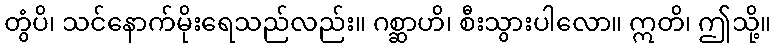
တွံပိ၊ သင်နောက်မိုးရေသည်လည်း။ ဂစ္ဆာဟိ၊ စီးသွားပါလော။ ဣတိ၊ ဤသို့။